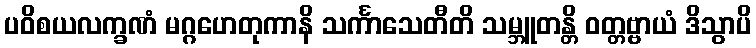
ပဝိစယလက္ခဏံ မဂ္ဂဟေတုကာနိ သင်္ကာသေတီတိ သမ္ဘူတန္တိ ဝတ္တဗ္ဗာယံ ဒိသွာပိ